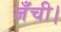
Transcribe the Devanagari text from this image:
जँची।